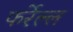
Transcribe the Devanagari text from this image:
फर्रेल्ल